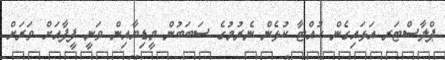
ޕްލާސްޓަރ އަޅައިގެން ހުއްޓާ ކުޅެން ނެރުމުގެ ސަބަބުން މީޑިޔާއިން ވަނީ ފީފާއަށް ވަރަށް